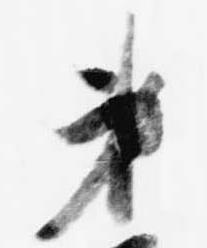
第